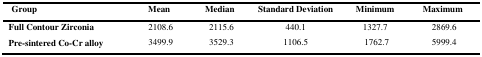
<table><thead><tr><td><b>Group</b></td><td><b>Mean</b></td><td><b>Median</b></td><td><b>Standard Deviation</b></td><td><b>Minimum</b></td><td><b>Maximum</b></td></tr></thead><tbody><tr><td><b>Full Contour Zirconia</b></td><td>2108.6</td><td>2115.6</td><td>440.1</td><td>1327.7</td><td>2869.6</td></tr><tr><td><b>Pre-sintered Co-Cr alloy</b></td><td>3499.9</td><td>3529.3</td><td>1106.5</td><td>1762.7</td><td>5999.4</td></tr></tbody></table>